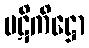
ပဋိကိဋ္ဌော